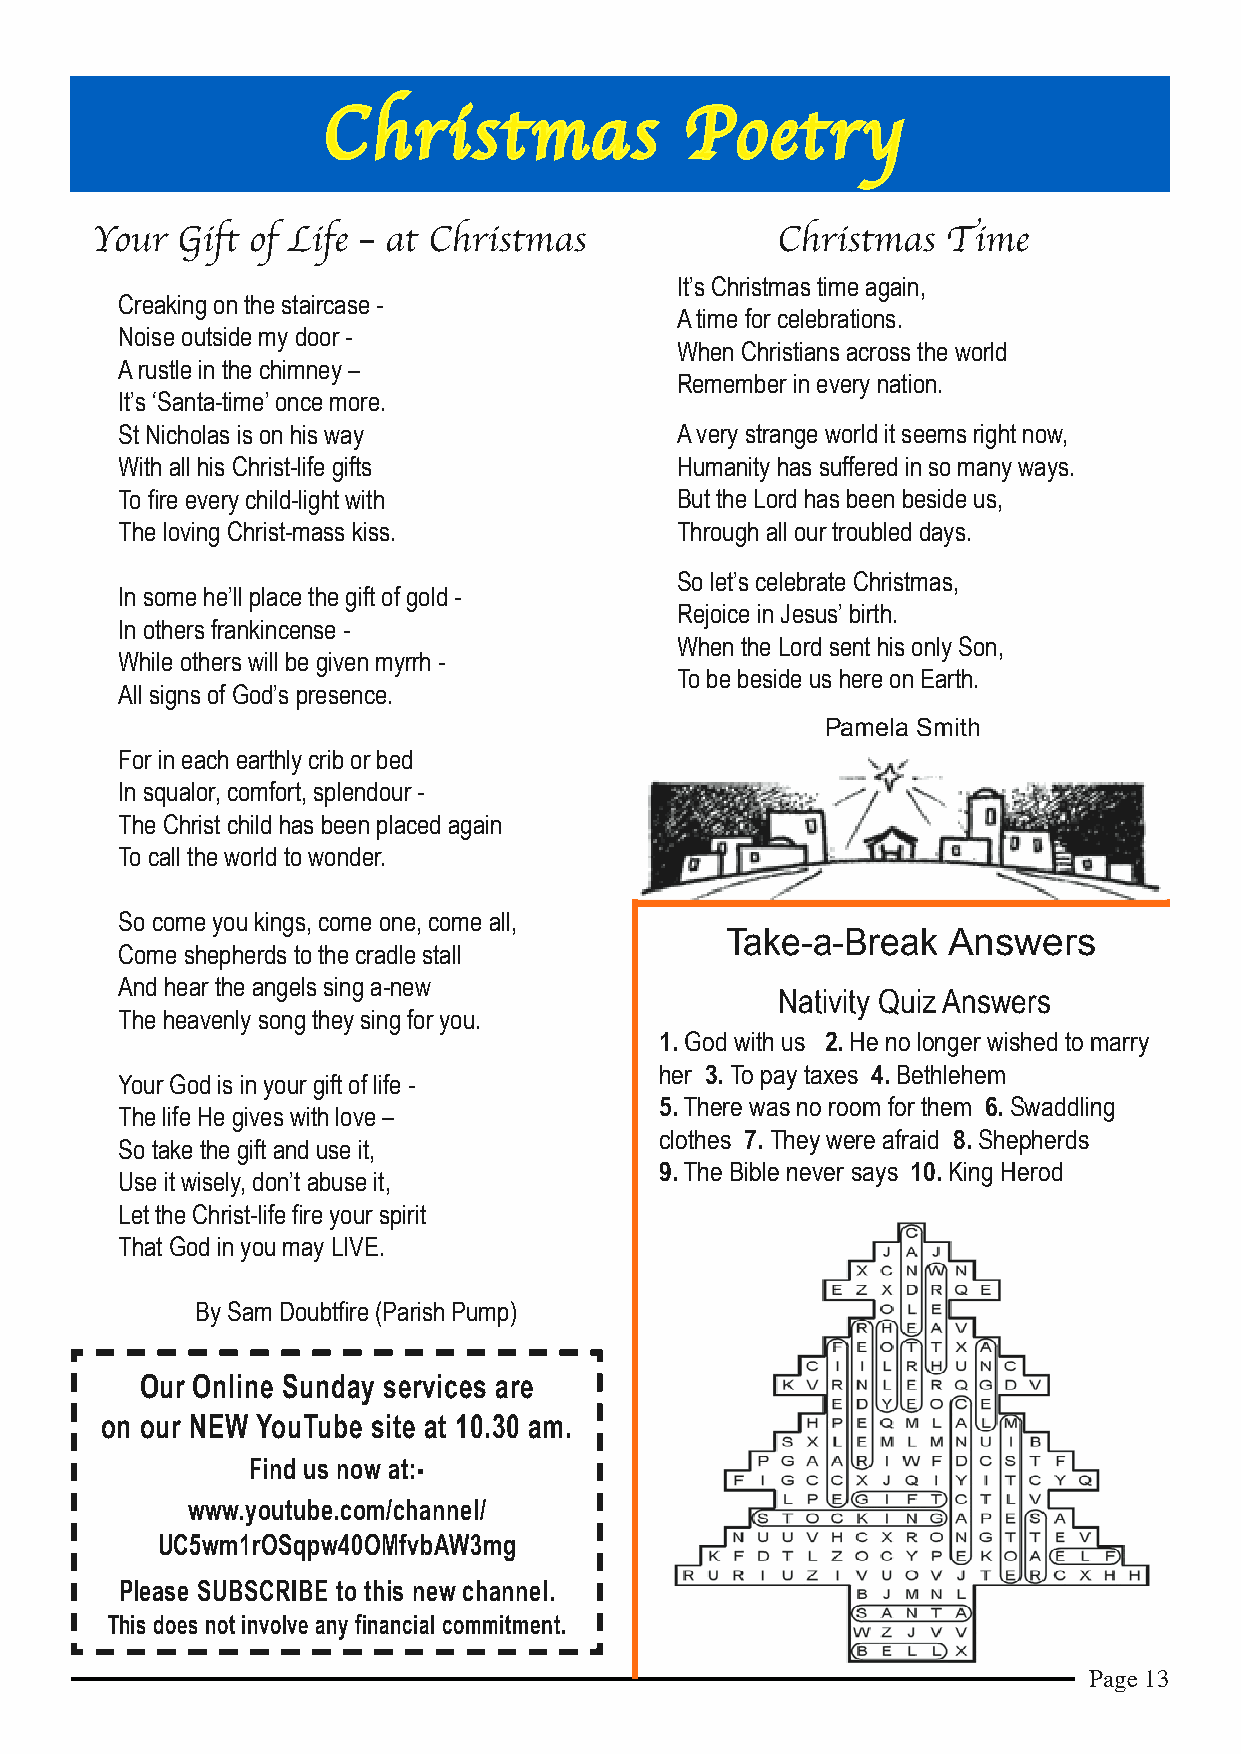
Christmas               Poetry
 Your  Gift of Life – at Christmas            Christmas   Time
 It’s Christmas time again,
 Creaking on the staircase -
 A time for celebrations.
 Noise outside my door -
 When Christians across the world
 A rustle in the chimney –
 Remember in every nation.
 It’s ‘Santa-time’ once more.
 St Nicholas is on his way            A very strange world it seems right now,
 With all his Christ-life gifts       Humanity has suffered in so many ways.
 To fire every child-light with       But the Lord has been beside us,
 The loving Christ-mass kiss.         Through all our troubled days.
 So let’s celebrate Christmas,
 In some he’ll place the gift of gold -
 Rejoice in Jesus’ birth.
 In others frankincense -
 When the Lord sent his only Son,
 While others will be given myrrh -
 To be beside us here on Earth.
 All signs of God’s presence.
 Pamela Smith
 For in each earthly crib or bed
 In squalor, comfort, splendour -
 The Christ child has been placed again
 To call the world to wonder.
 So come you kings, come one, come all,
 Take-a-Break   Answers
 Come shepherds to the cradle stall
 And hear the angels sing a-new
 Nativity Quiz Answers
 The heavenly song they sing for you.
 1. God with us 2. He no longer wished to marry
 her 3. To pay taxes 4. Bethlehem
 Your God is in your gift of life -
 5. There was no room for them 6. Swaddling
 The life He gives with love –
 clothes 7. They were afraid 8. Shepherds
 So take the gift and use it,
 9. The Bible never says 10. King Herod
 Use it wisely, don’t abuse it,
 Let the Christ-life fire your spirit
 That God in you may LIVE.
 By Sam Doubtfire (Parish Pump)
 Our Online Sunday services are
 on our NEW YouTube site at 10.30 am.
 Find us now at:-
 www.youtube.com/channel/
 UC5wm1rOSqpw40OMfvbAW3mg
 Please SUBSCRIBE to this new channel.
 This does not involve any financial commitment.
 Page 13